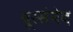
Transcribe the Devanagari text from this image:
दूरसंवेद